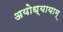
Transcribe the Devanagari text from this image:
अयोध्यायाम्